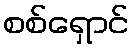
စစ်ရှောင်